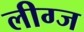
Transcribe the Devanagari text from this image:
लीग्ज